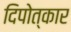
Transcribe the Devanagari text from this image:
दिपोत्कार